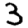
Digit: 3